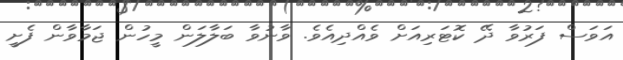
އަވަސް ފަރުވާ ދޭ ކޮޓަރިއަށް ވެއްދިއެވެ. ވާނުވާ ބަލާލަން މީހުން ޖަމާވާން ފެށީ